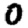
Digit: 0